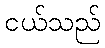
ငယ်သည်